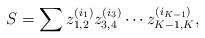
LaTeX: \begin{align*}S=\sum z_{1,2}^{(i_1)}z_{3,4}^{(i_3)}\cdots z_{K-1,K}^{(i_{K-1})},\end{align*}